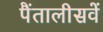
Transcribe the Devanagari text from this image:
पैंतालीसवें